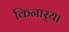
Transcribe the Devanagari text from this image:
किनार्‍या